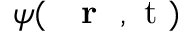
\psi ( \mathrm { ~ { ~ \bf ~ r ~ } ~ , ~ t ~ } )